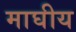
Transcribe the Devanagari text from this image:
माघीय